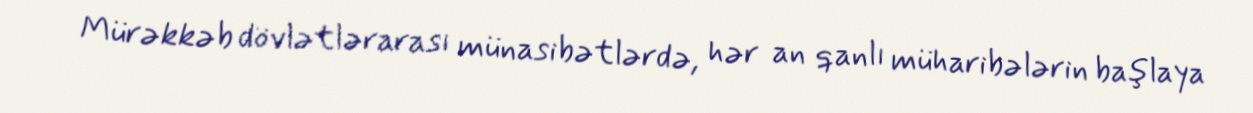
Mürəkkəb dövlətlərarası münasibətlərdə, hər an qanlı müharibələrin başlaya